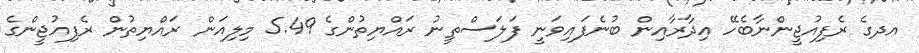
އދގެ ރެފިއުޖީންނާބެހޭ އިދާރާއިން ބުނެފައިވަނީ ފަލަސްތީނު ރައްޔިތުންގެ 5.49 މިލިއަން ރައްޔިތުން ރެފިއުޖީންގެ